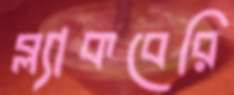
ব্ল্যাকবেরি